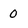
Character: 0